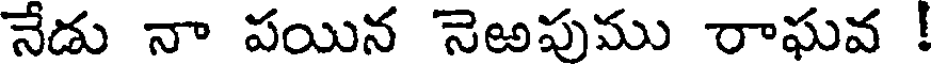
నేడు నా పయిన నెఱపుము రాఘవ !